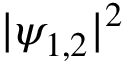
| \psi _ { 1 , 2 } | ^ { 2 }